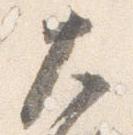
大